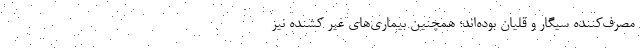
مصرف‌کننده سیگار و قلیان بوده‌اند؛ همچنین بیماری‌های غیر کشنده نیز